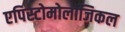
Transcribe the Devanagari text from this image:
एपिस्टोमोलाजिकल